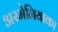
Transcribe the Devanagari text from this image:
अरमेनियाका